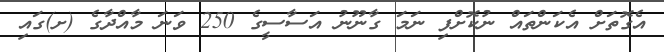
އެގޮތަށް އެކަންތައް ނުކޮށްފި ނަމަ ގާނޫނު އަސާސީގެ 250 ވަނަ މާއްދާގެ (ށ)ގައި